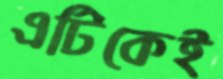
এটিকেই